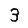
Digit: 3